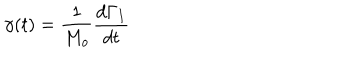
LaTeX: \gamma ( t ) = \frac { 1 } { M _ { o } } \frac { d \Gamma _ { I } } { d t }